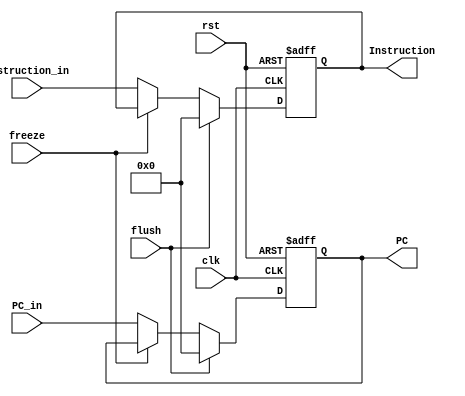
module IF_Stage_Reg(
  input clk,rst,freeze,flush,
  input[31:0] PC_in, Instruction_in,
  output reg[31:0] PC,Instruction
);
  always@(posedge clk, posedge rst)begin
    if(rst)begin
      PC<=0;
      Instruction<=0;
    end
    else begin
      if(flush) begin
        PC<=0;
        Instruction<=0;
      end
      else if(~freeze) begin
        PC<=PC_in;
        Instruction<=Instruction_in;
      end
    end
  end
endmodule